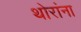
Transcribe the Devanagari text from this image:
थोरांना